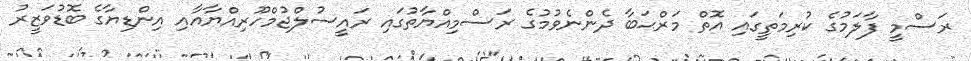
ރަސްމީ ފާލަމުގެ ކުރިމަތީގައި އޮތް މަރްޙަބާ ދެންނެވުމުގެ ރަސްމިއްޔާތުގައި ރައީސުލްޖުމްހޫރިއްޔާއާއި އިންޑިޔާގެ ބޮޑުވަޒީރު